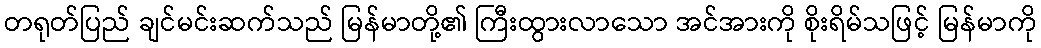
တရုတ်ပြည် ချင်မင်းဆက်သည် မြန်မာတို့၏ ကြီးထွားလာသော အင်အားကို စိုးရိမ်သဖြင့် မြန်မာကို